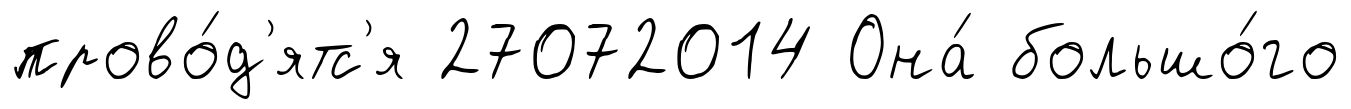
прово́д'ятс'я 27072014 Она́ большо́го